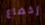
إخضاع